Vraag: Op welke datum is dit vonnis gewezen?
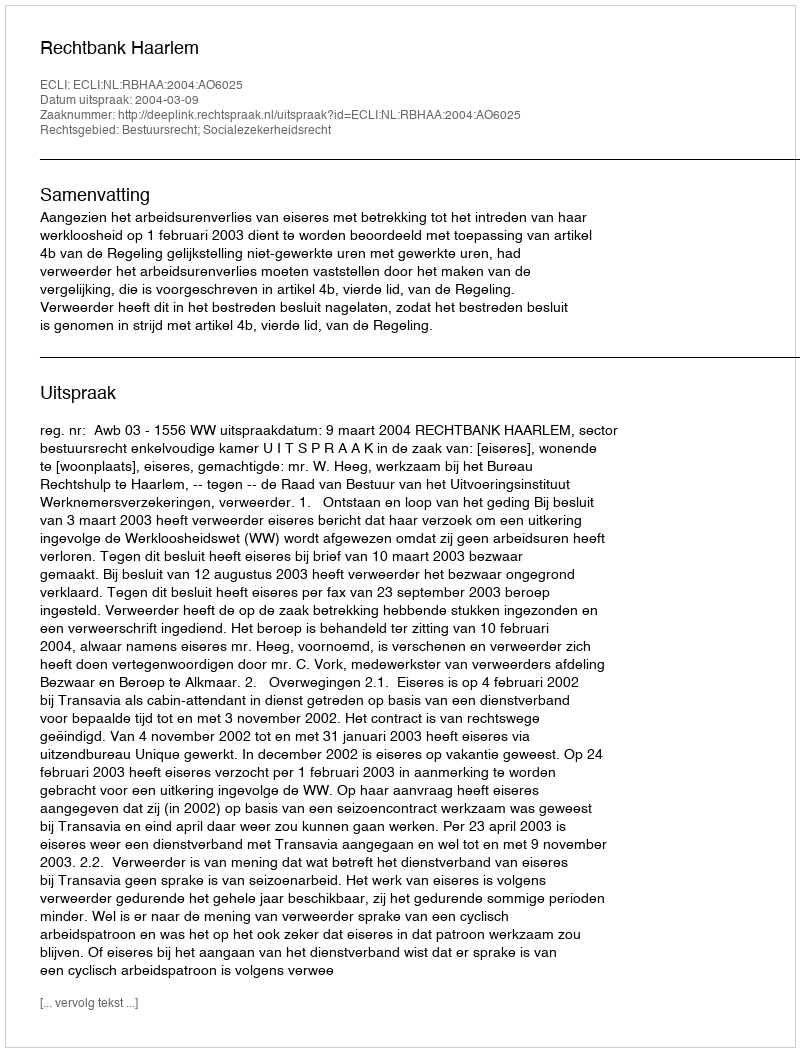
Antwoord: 2004-03-09